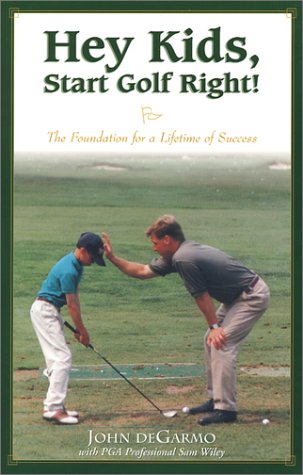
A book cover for Hey Kids, Start Golf Right!; John deGarmo; Sports & Outdoors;